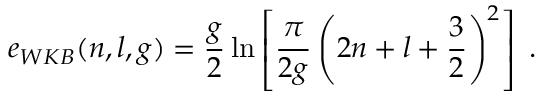
e _ { W K B } ( n , l , g ) = \frac { g } { 2 } \ln \left[ \frac { \pi } { 2 g } \left( 2 n + l + \frac { 3 } { 2 } \right) ^ { 2 } \right] \; .